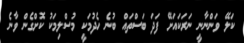
ކަލޭ ވަންނާނީ ނަރަކައަށޭ ފަދަ ބަސްތައް ބުނެ ހެދުމަކީ މުސްލިމަކު ކޮށްގެން ވާނެ